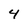
Character: 4